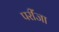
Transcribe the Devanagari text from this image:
परींजा